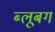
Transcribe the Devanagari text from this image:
ब्लूबग